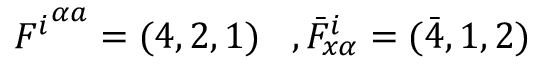
{ F ^ { i } } ^ { \alpha a } = ( 4 , 2 , 1 ) \, \, \, \, \, , { \bar { F } } _ { x \alpha } ^ { i } = ( \bar { 4 } , 1 , 2 )